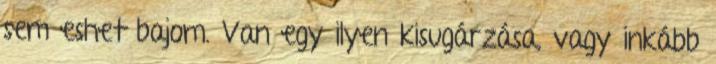
sem eshet bajom. Van egy ilyen kisugárzása, vagy inkább